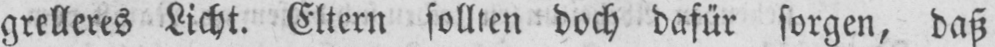
grelleres Licht. Eltern sollten doch dafür sorgen, daß